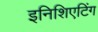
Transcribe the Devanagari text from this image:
इनिशिएटिंग